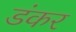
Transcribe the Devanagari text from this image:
डंकर